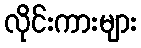
လိုင်းကားများ